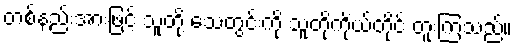
တစ်နည်းအားဖြင့် သူတို့ သေတွင်းကို သူတို့ကိုယ်တိုင် တူးကြသည်။